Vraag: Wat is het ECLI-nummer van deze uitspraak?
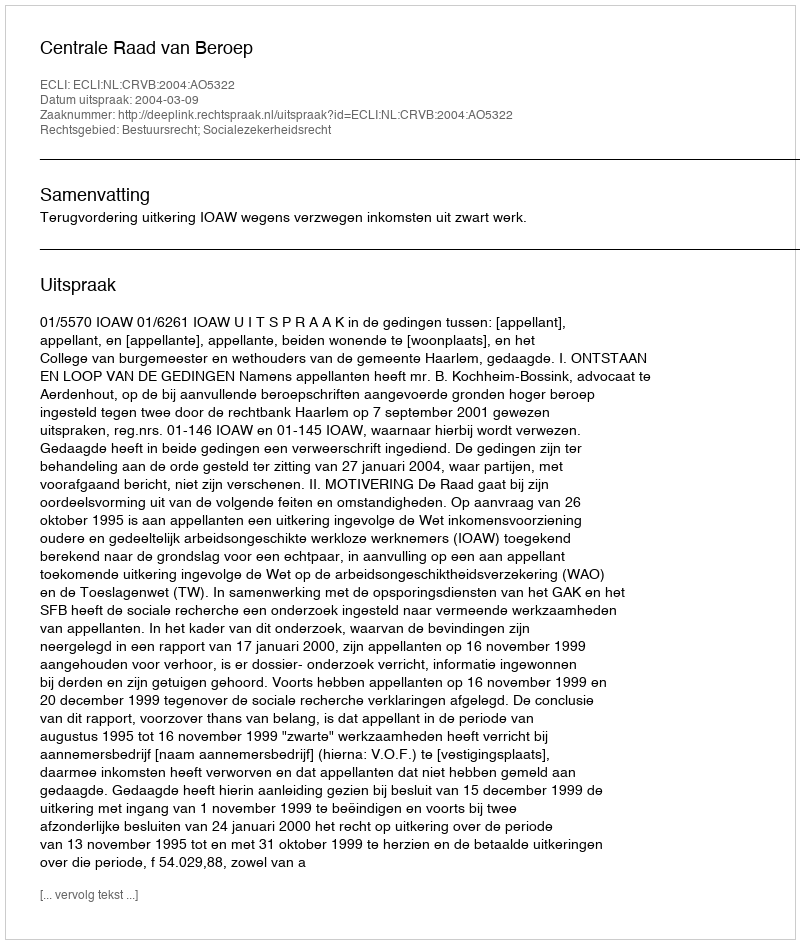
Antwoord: ECLI:NL:CRVB:2004:AO5322